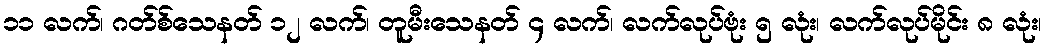
၁၁ လက်၊ ဂတ်စ်သေနတ် ၁၂ လက်၊ တူမီးသေနတ် ၄ လက်၊ လက်လုပ်ဗုံး ၅ လုံး၊ လက်လုပ်မိုင်း ၈ လုံး၊